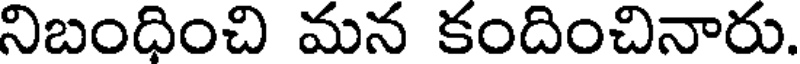
నిబంధించి మన కందించినారు.